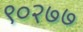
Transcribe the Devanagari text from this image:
९०२७७